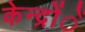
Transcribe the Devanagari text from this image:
केन्द्रोंें